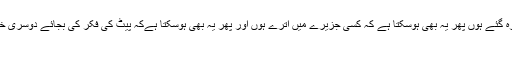
پھر ہوسکتا ہے کہ ایک پھٹہ پر بیگانے دو مرد عورت رہ گئے ہوں پھر یہ بھی ہوسکتا ہے کہ کسی جزیرے میں اترے ہوں اور پھر یہ بھی ہوسکتا ہےکہ پیٹ کی فکر کی بجائے دوسری خواہش غالب آگئی ہو نتیجۃً ظاہر ہےکہ متعہ جائز ہے ....
قارئین کرام !